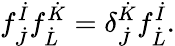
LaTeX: f_{\dot{J}}^{\dot{I}}f_{\dot{L}}^{\dot{K}}=\delta_{\dot{J}}^{\dot{K}}f_{\dot{L}}^{\dot{I}}.